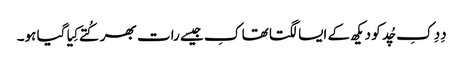
دِدِ کِ چُد کو دیکھ کے ایسا لگتا تھا کِ جیسے رات بھر کُتے کِیا گیا ہو۔